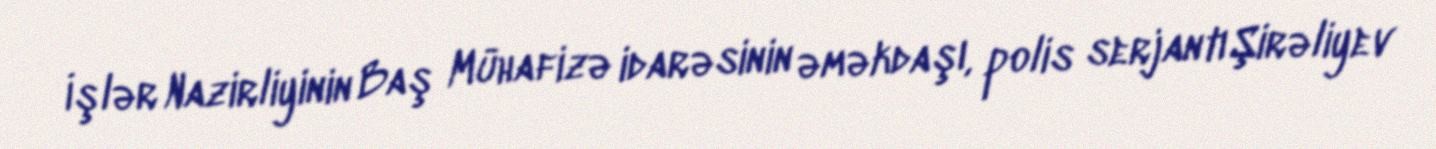
İşlər Nazirliyinin Baş Mühafizə idarəsinin əməkdaşı, polis serjantı Şirəliyev